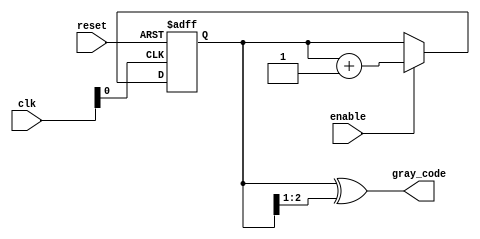
module gray_code_async_counter(
    input wire reset,        // Asynchronous reset
    input wire enable,      // Enable signal for counting
    input wire [n-1:0] clk, // Array of clock signals for each flip-flop
    output reg [n-1:0] gray_code // Gray code output
);

parameter n = 3; // Number of bits for the Gray code counter

// Function to convert binary to Gray code
function [n-1:0] binary_to_gray;
    input [n-1:0] binary;
    begin
        binary_to_gray = binary ^ (binary >> 1); // XOR with shifted version
    end
endfunction

// Binary counter state
reg [n-1:0] binary_counter;

always @(posedge clk[0] or posedge reset) begin
    if (reset) begin
        binary_counter <= 0; // Reset binary counter
    end else if (enable) begin
        binary_counter <= binary_counter + 1; // Increment binary counter
    end
end

// Convert binary to Gray code asynchronously
always @(*) begin
    gray_code = binary_to_gray(binary_counter);
end

endmodule